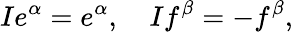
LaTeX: Ie^{\alpha}=e^{\alpha},\quad If^{\beta}=-f^{\beta},